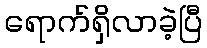
ရောက်ရှိလာခဲ့ပြီ